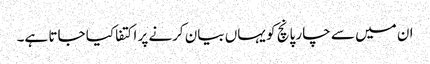
ان میں سے چار پانچ کو یہاں بیان کرنے پر اکتفا کیا جاتا ہے۔